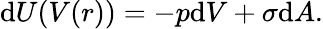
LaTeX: \mathrm{d}U(V(r))=-p\mathrm{d}V+\sigma\mathrm{d}A.